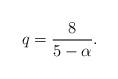
LaTeX: \begin{align*} q = \frac{8}{5 - \alpha}.\end{align*}